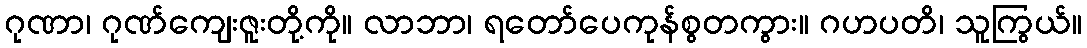
ဂုဏာ၊ ဂုဏ်ကျေးဇူးတို့ကို။ လာဘာ၊ ရတော်ပေကုန်စွတကွား။ ဂဟပတိ၊ သူကြွယ်။